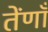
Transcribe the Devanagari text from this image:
तेंणाँ